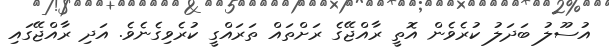
އުސޫލު ބަދަލު ކުރެވެން އޮތީ ރާއްޖޭގެ ރަށްތައް ތަރައްގީ ކުރެވިގެނެވެ. އަދި ރާއްޖޭގައި